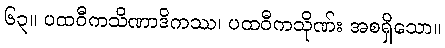
၆၃။ ပထဝီကသိဏာဒိကဿ၊ ပထဝီကသိုဏ်း အစရှိသော။